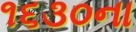
૧૬૩૦ના